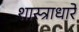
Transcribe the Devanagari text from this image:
शास्त्राधारे